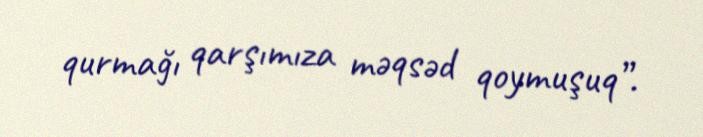
qurmağı qarşımıza məqsəd qoymuşuq”.